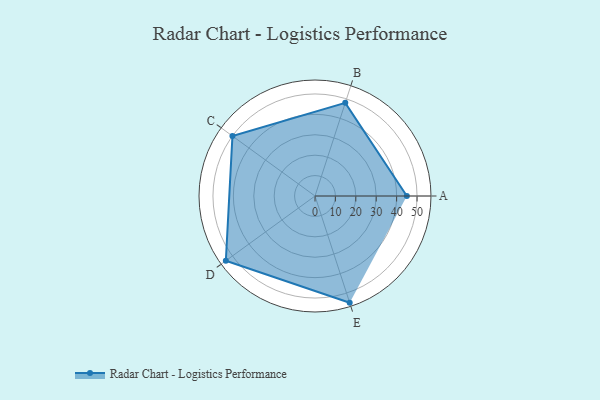
{"axis": {"x": "Skill", "y": "Score"}, "legend": ["Profile"], "data": [{"x": "A", "y": 45.0, "type": "Profile"}, {"x": "B", "y": 48.0, "type": "Profile"}, {"x": "C", "y": 50.0, "type": "Profile"}, {"x": "D", "y": 54.0, "type": "Profile"}, {"x": "E", "y": 55.0, "type": "Profile"}]}